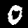
Digit: 0